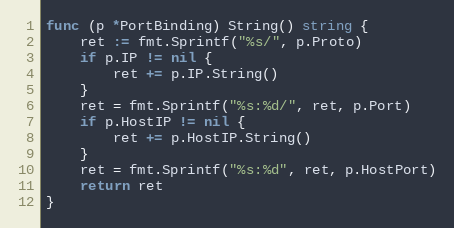
Language: Go
func (p *PortBinding) String() string {
	ret := fmt.Sprintf("%s/", p.Proto)
	if p.IP != nil {
		ret += p.IP.String()
	}
	ret = fmt.Sprintf("%s:%d/", ret, p.Port)
	if p.HostIP != nil {
		ret += p.HostIP.String()
	}
	ret = fmt.Sprintf("%s:%d", ret, p.HostPort)
	return ret
}